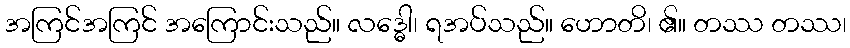
အကြင်အကြင် အကြောင်းသည်။ လဒ္ဓေါ၊ ရအပ်သည်။ ဟောတိ၊ ၏။ တဿ တဿ၊